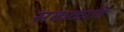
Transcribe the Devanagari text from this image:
सकळाहि